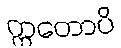
ဣတောပိ